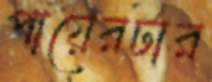
পায়েরটার